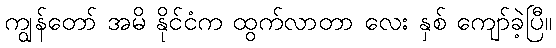
ကျွန်တော် အမိ နိုင်ငံက ထွက်လာတာ လေး နှစ် ကျော်ခဲ့ပြီ။